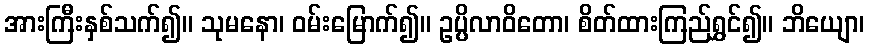
အားကြီးနှစ်သက်၍။ သုမနော၊ ဝမ်းမြောက်၍။ ဥပ္ပိလာဝိတော၊ စိတ်ထားကြည်ရွှင်၍။ ဘိယျော၊